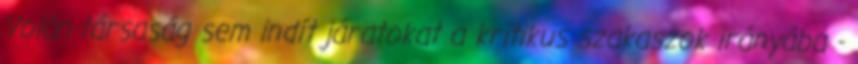
Volán-társaság sem indít járatokat a kritikus szakaszok irányába -